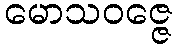
မောသဝဇ္ဇေ